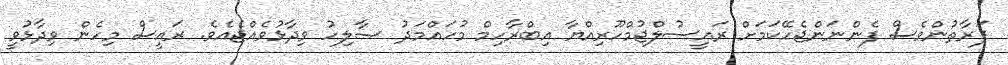
ފަރާތުންވެސް ފެންނަންޖެހޭކަމަށް ރައީސުލްޖުމްހޫރިއްޔާ އިބްރާހިމް މުހައްމަދު ޞާލިހު ވިދާޅުވެއްޖެއެވެ. ރައީސް މިހެން ވިދާޅުވީ